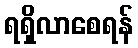
ရရှိလာစေရန်